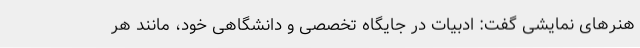
هنرهای نمایشی گفت: ادبیات در جایگاه تخصصی و دانشگاهی خود، مانند هر